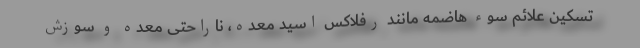
تسکین علائم سوء هاضمه مانند رفلاکس اسید معده، ناراحتی معده و سوزش